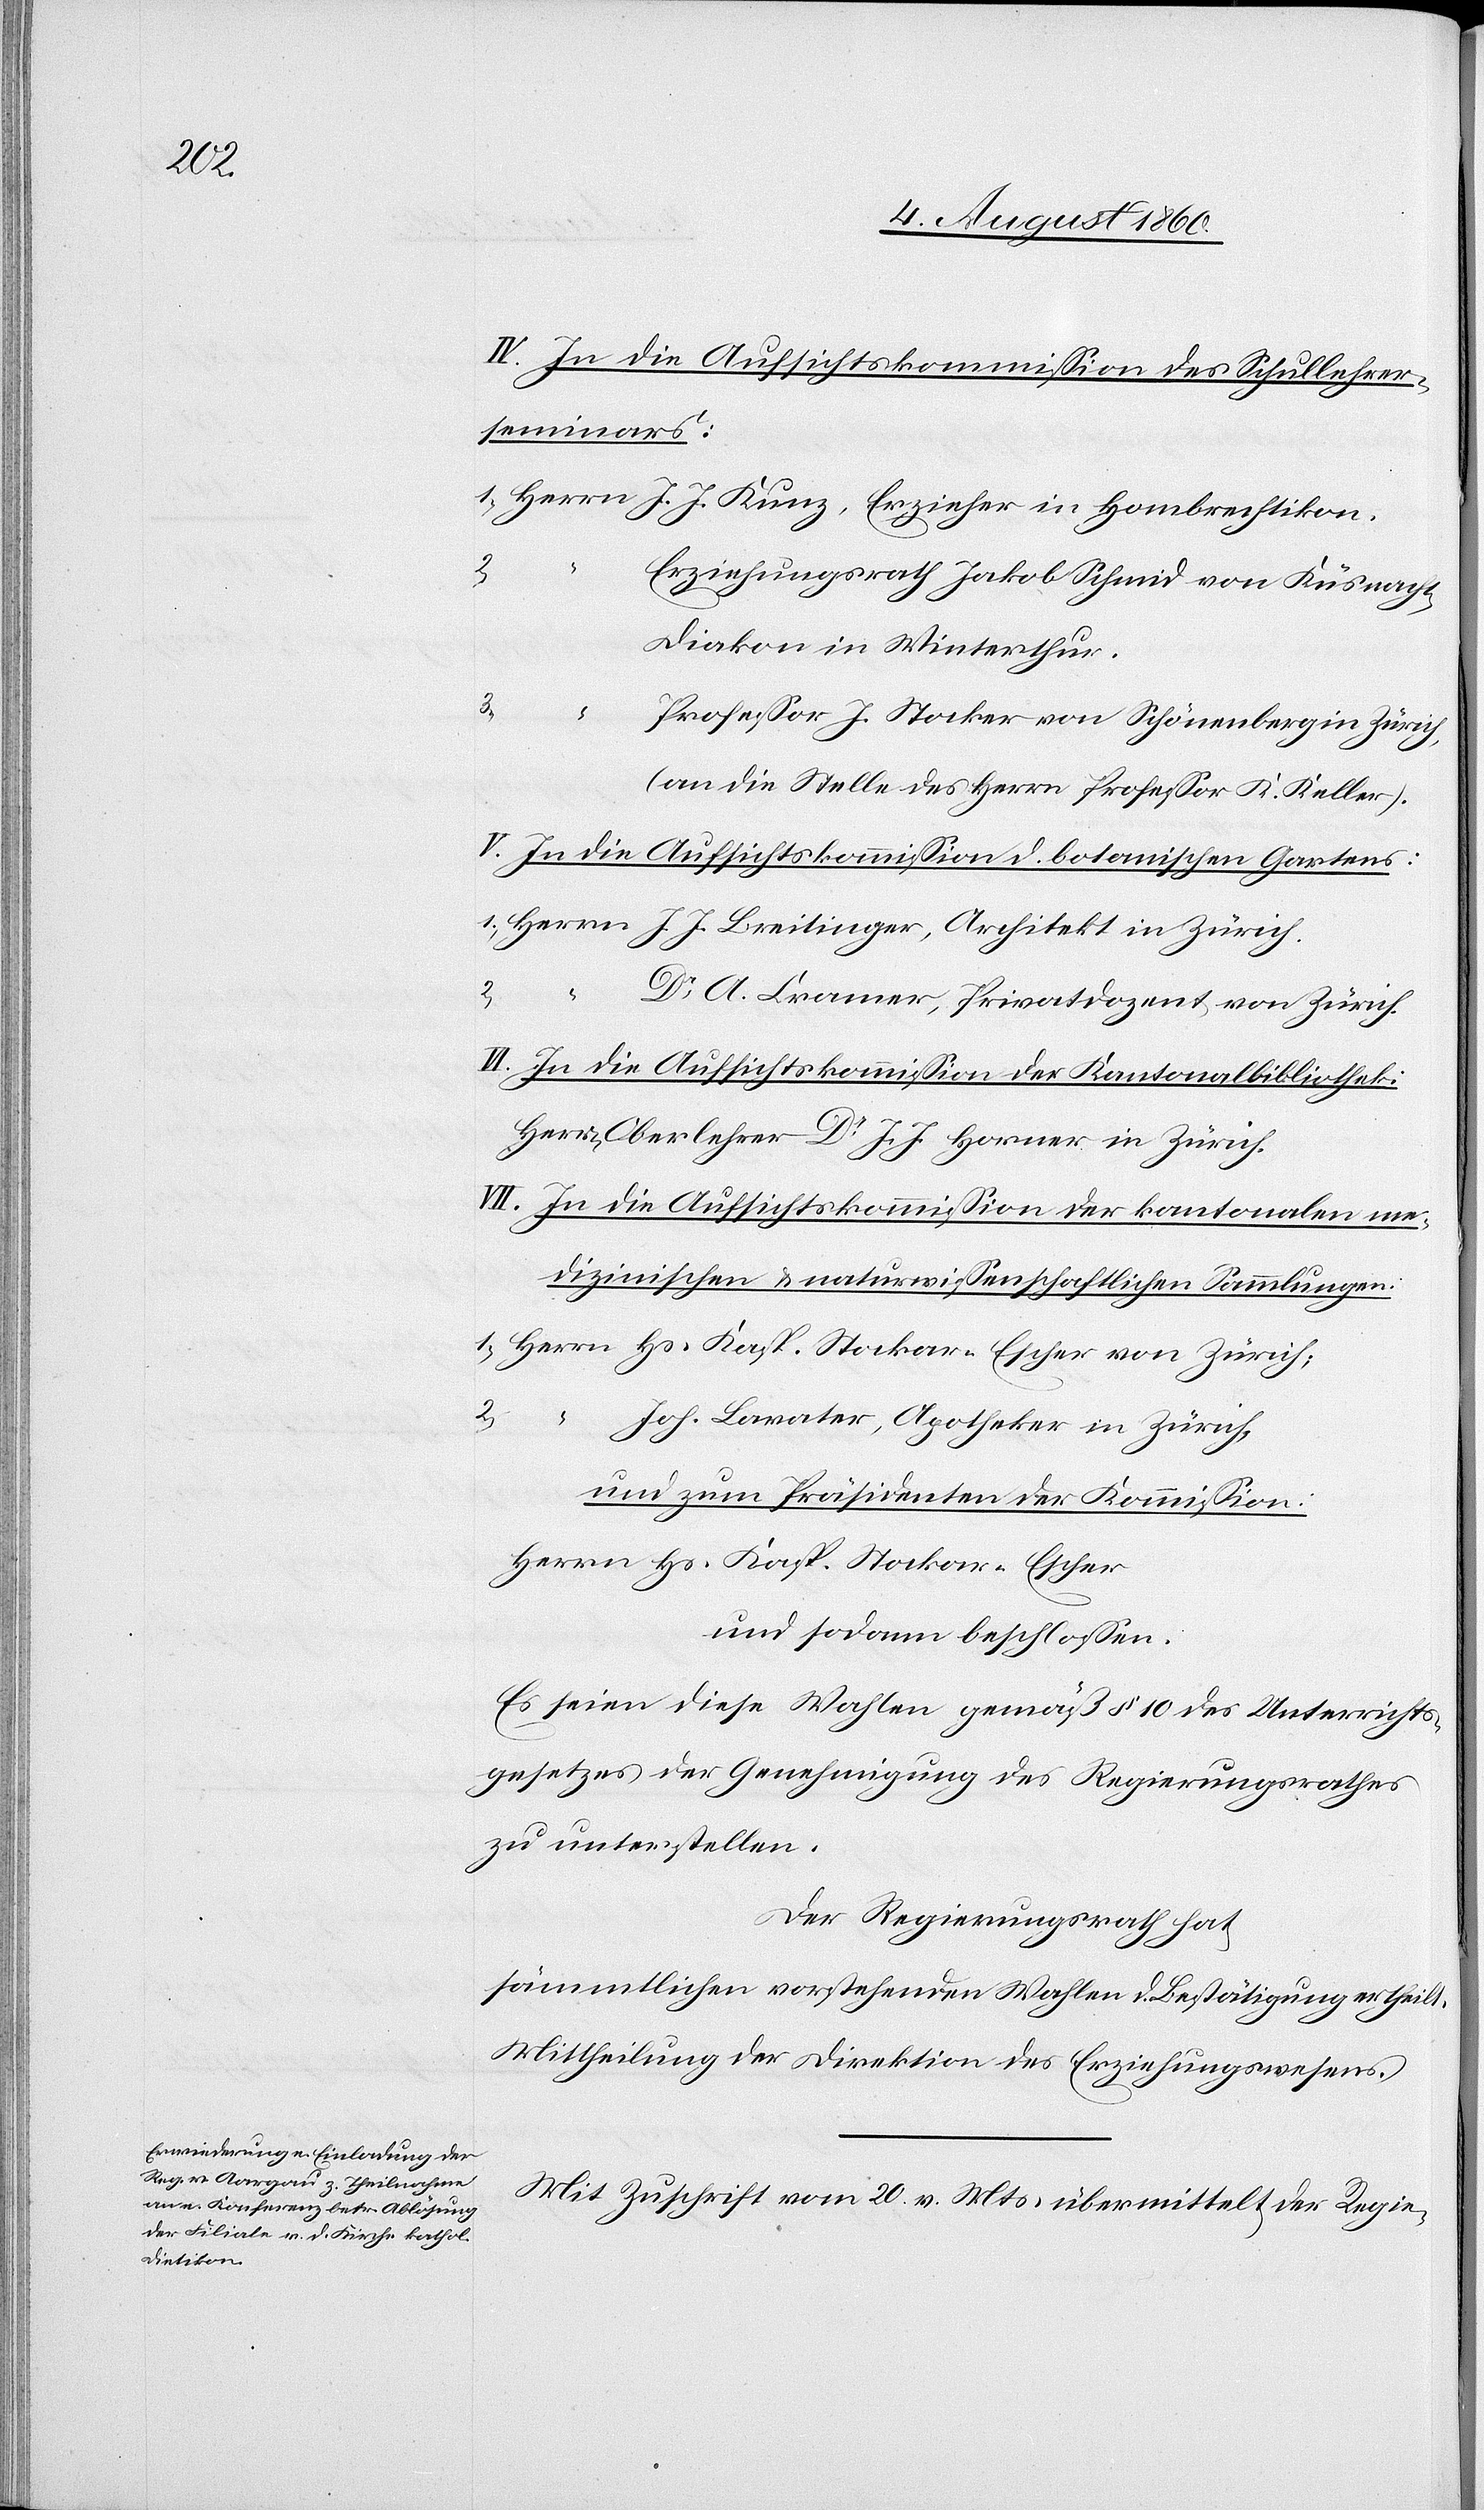
IV. In die Aufsichtskommission des Schullehrer¬
seminars.
2.
Erziehungsrath Jakob Schmiedt von Küsnacht,
Diakon in Winterthur
3.
von
Professor J. Stocker von Schönenberg in Zürich
(an die Stelle des Herrn Professor K. Keller.)
V. In die Aufsichtskommission des botanischen Gartens.
1.
Zürich
Dr. A. Kramer, Privatdozent von Zürich.
VI. In die Aufsichtskommission der Kantonalbibliothek.
Herrn Oberlehrer Dr. J. J. Horner in Zürich.
VII. In die Aufsichtskommission der kantonalen me¬
dizinischen- u. naturwissenschaftlichen Sammlungen.
J. J.
2.
Joh. Lavater, Apotheker in Zürich.
und zum Präsidenten der Kommission.
Herrn Hans Kaspar Stockar-Escher
und sodann beschlossen:
Es seien diese Wahlen gemäss §. 10 des Unterrichts¬
gesetzes der Genehmigung des Regierungsrathes
zu unterstellen.
Der Regierungsrath hat
sämmtlichen vorstehenden Wahlen die Bestätigung ertheilt.
Mittheilung der Direktion des Erziehungswesens.
Mit Zuschrift vom 20. v. Ms. übermittelt der Regie-